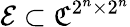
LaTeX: \mathcal{E}\subset\mathfrak{C}^{2^{n}\times 2^{n}}